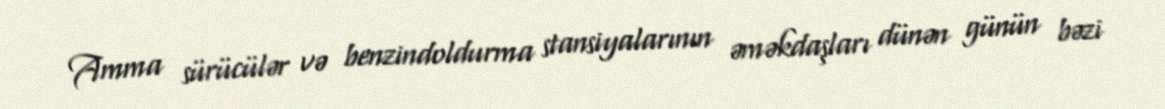
Amma sürücülər və benzindoldurma stansiyalarının əməkdaşları dünən günün bəzi